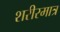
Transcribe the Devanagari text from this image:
शरीरमात्र